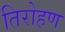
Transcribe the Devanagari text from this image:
तिरोहण